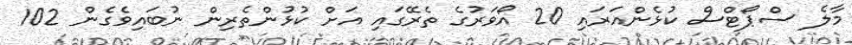
މާލެ ސްޕޯޓްސް ކުޅެންއަރައި 20 އޯވަރުގެ ތެރޭގައި އަށް ކުޅުންތެރިން ނުބައިވެގެން 102